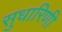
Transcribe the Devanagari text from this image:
सुधारिणी